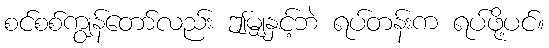
စင်စစ်ကျွန်တော်လည်း ဤမျှနှင့်ဘဲ ရပ်တန်းက ရပ်ဖို့ပင်။